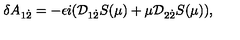
\delta A _ { 1 { \dot { 2 } } } = - \epsilon i ( { \cal D } _ { 1 { \dot { 2 } } } S ( \mu ) + \mu { \cal D } _ { 2 { \dot { 2 } } } S ( \mu ) ) ,